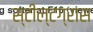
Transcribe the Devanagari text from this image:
स्टील्टग्रास